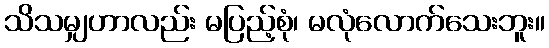
သိသမျှဟာလည်း မပြည့်စုံ၊ မလုံလောက်သေးဘူး။